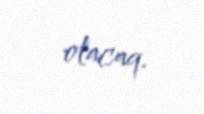
olacaq.